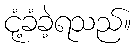
ငုံ့ခံခဲ့ရသည်။